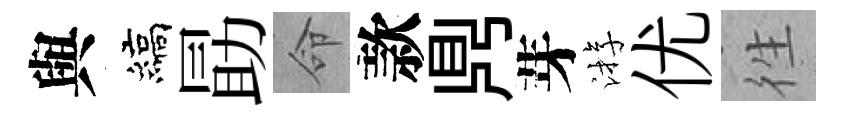
與縞勗命款𪔂芽㳺优徃